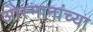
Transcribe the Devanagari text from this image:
ओस्मानांच्या